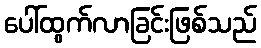
ပေါ်ထွက်လာခြင်းဖြစ်သည်